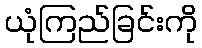
ယုံကြည်ခြင်းကို